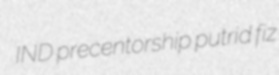
IND precentorship putrid fiz